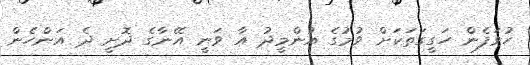
ހުވަފެން ހަގީގަތަކަށް ވުމުގެ އުންމީދު އާ ވަނީ އޭނާގެ ދޮށީ ދެ އަންހެން